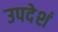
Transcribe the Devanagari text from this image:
उपदेशं